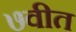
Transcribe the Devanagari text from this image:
७वीत